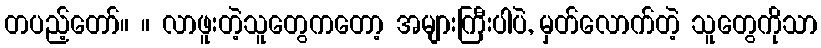
တပည့်တော်။ ။ လာဖူးတဲ့သူတွေကတော့ အများကြီးပါပဲ, မှတ်လောက်တဲ့ သူတွေကိုသာ